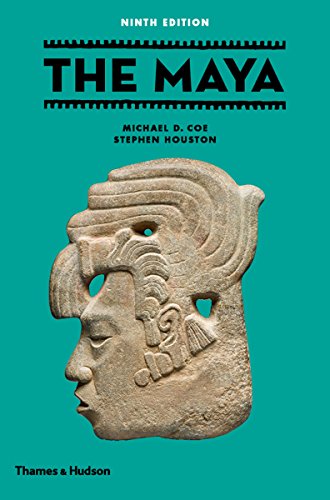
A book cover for The Maya (Ninth edition) (Ancient Peoples and Places); Michael D. Coe; Science & Math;